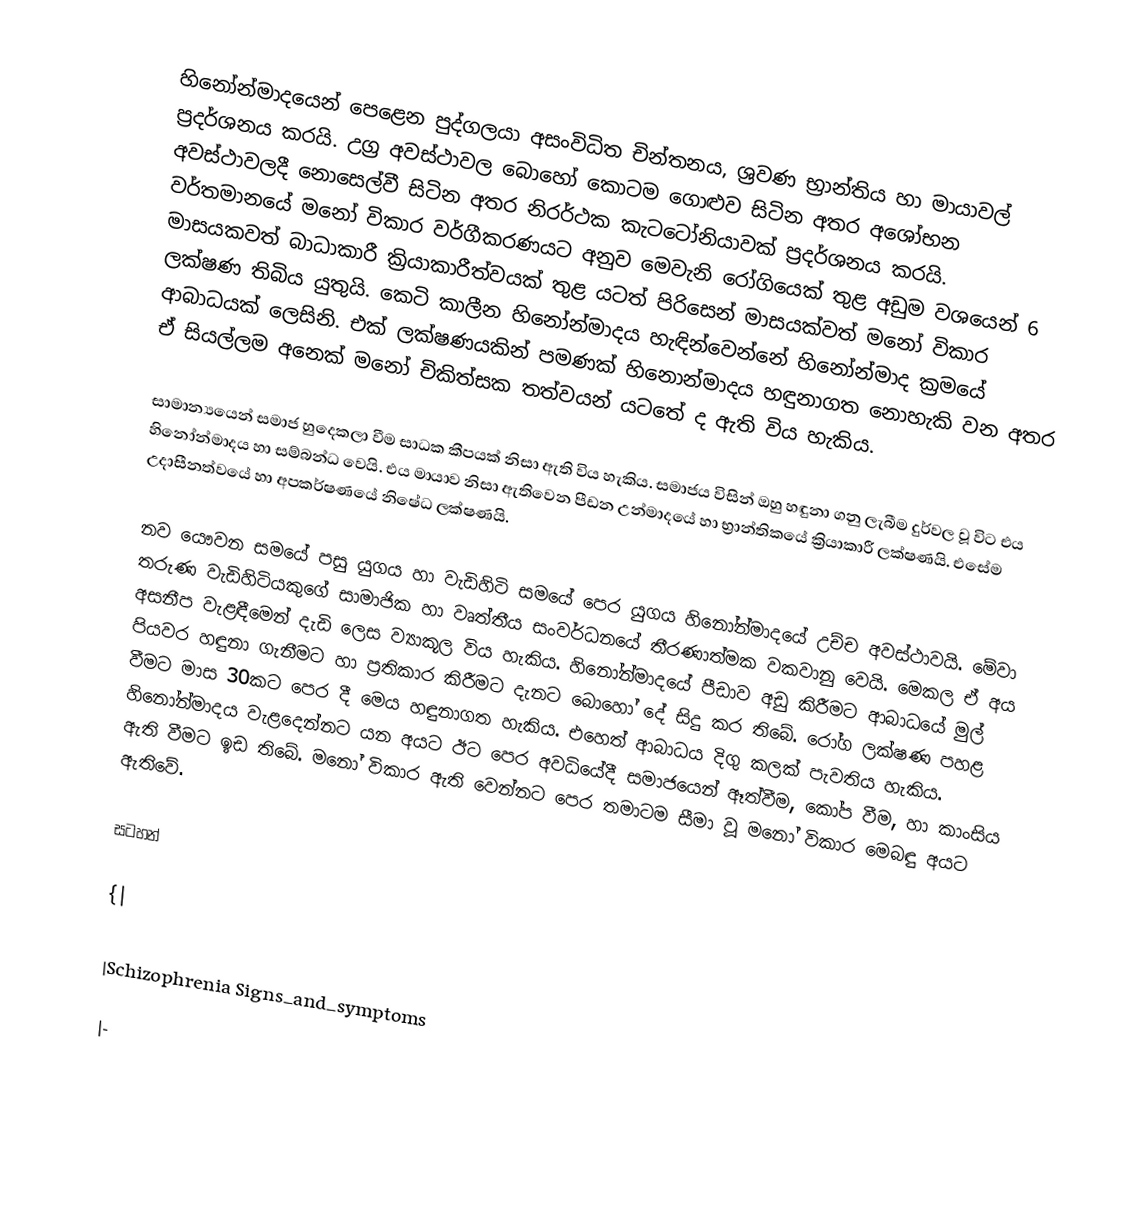
හිනෝන්මාදයෙන් පෙළෙන පුද්ගලයා අසංවිධිත චින්තනය, ශ්‍රවණ භ්‍රාන්තිය හා මායාවල් ප්‍රදර්ශනය කරයි. උග්‍ර අවස්ථාවල බොහෝ කොටම ගොළුව සිටින අතර අශෝභන අවස්ථාවලදී නොසෙල්වී සිටින අතර නිරර්ථක කැටටෝනියාවක් ප්‍රදර්ශනය කරයි. වර්තමානයේ මනෝ විකාර වර්ගීකරණයට අනුව මෙවැනි රෝගියෙක් තුළ අඩුම වශයෙන් 6 මාසයකවත් බාධාකාරී ක්‍රියාකාරීත්වයක් තුළ යටත් පිරිසෙන් මාසයක්වත් මනෝ විකාර ලක්ෂණ තිබිය යුතුයි. කෙටි කාලීන හිනෝන්මාදය හැඳින්වෙන්නේ හිනෝන්මාද ක්‍රමයේ ආබාධයක් ලෙසිනි. එක් ලක්ෂණයකින් පමණක් හිනොන්මාදය හඳුනාගත නොහැකි වන අතර ඒ සියල්ලම අනෙක් මනෝ චිකිත්සක තත්වයන් යටතේ ද ඇති විය හැකිය.

සාමාන්‍යයෙන් සමාජ හුදෙකලා වීම සාධක කීපයක් නිසා ඇති විය හැකිය. සමාජය විසින් ඔහු හඳුනා ගනු ලැබීම දුර්වල වූ විට එය හිනෝන්මාදය හා සම්බන්ධ වෙයි. එය මායාව නිසා ඇතිවෙන පීඩන උන්මාදයේ හා භ්‍රාන්තිකයේ ක්‍රියාකාරී ලක්ෂණයි. එසේම උදාසීනත්වයේ හා අපකර්ෂණයේ නිෂේධ ලක්ෂණයි.

නව යෞවන සමයේ පසු යුගය හා වැඩිහිටි සමයේ පෙර යුගය හිනෝන්මාදයේ උච්ච අවස්ථාවයි. මේවා තරුණ වැඩිහිටියකුගේ සාමාජික හා වෘත්තීය සංවර්ධනයේ තීරණාත්මක වකවානු වෙයි. මෙකල ඒ අය අසනීප වැළඳීමෙන් දැඩි ලෙස ව්‍යාකූල විය හැකිය. හිනෝන්මාදයේ පීඩාව අඩු කිරීමට ආබාධයේ මුල් පියවර හඳුනා ගැනීමට හා ප්‍රතිකාර කිරීමට දැනට බොහෝ දේ සිදු කර තිබේ. රෝග ලක්ෂණ පහළ වීමට මාස 30කට පෙර දී මෙය හඳුනාගත හැකිය. එහෙත් ආබාධය දිගු කලක් පැවතිය හැකිය. හිනෝන්මාදය වැළදෙන්නට යන අයට ඊට පෙර අවධියේදී සමාජයෙන් ඈත්වීම, කෝප වීම, හා කාංසිය ඇති වීමට ‍ඉඩ තිබේ. මනෝ විකාර ඇති වෙන්නට පෙර තමාටම සීමා වූ මනෝ විකාර මෙබඳු අයට ඇතිවේ.

සටහන්

{|

|Schizophrenia Signs_and_symptoms

|-